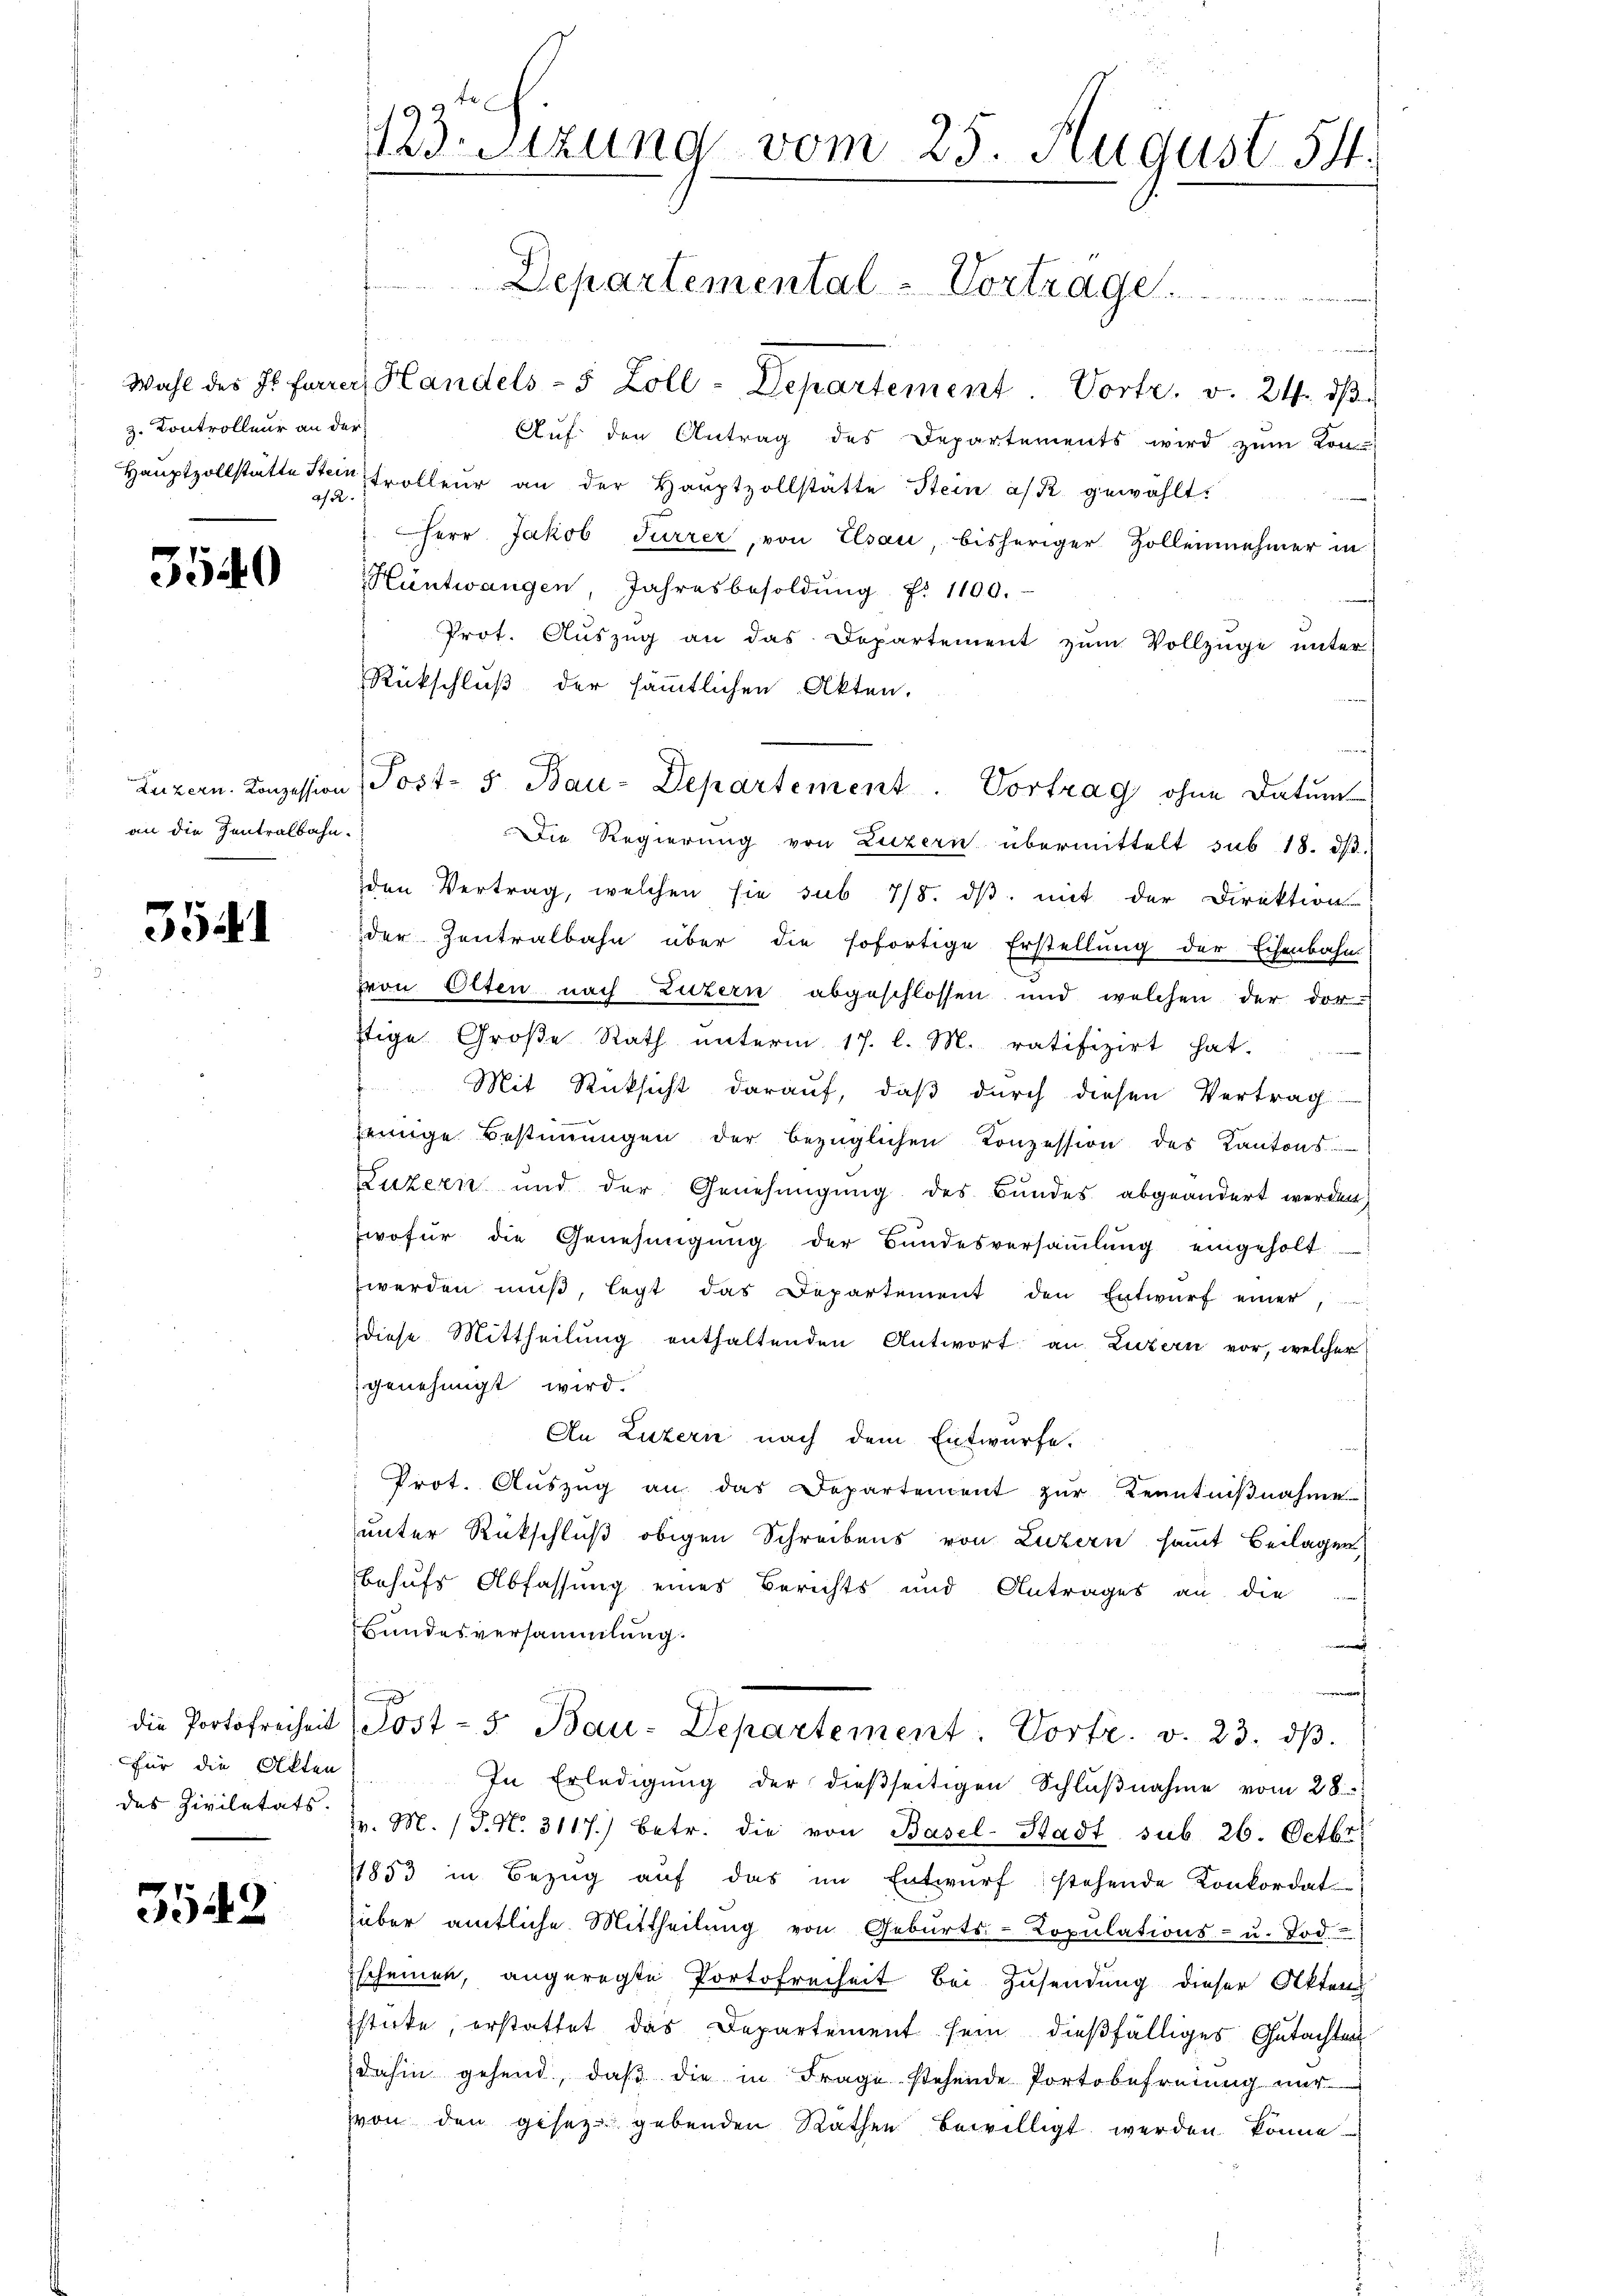
z. Kontrolleur an der
ase.

3540

an die Zentralbahn.

5541

3542

e
Auf den Antrag des Departements wird zŭm Kon-
Haŭptzollstätte Steintrolleur an der Haŭptzollstätte Stein a/R. gewählt.
.
Herr Jakob Furrer, von Elsau, bisheriger Zollennehmer in
Hüntwangen, Jahresbesoldŭng N. 1100.
Prot. Auszug an das Departement zŭm Vollzüge unter
Rückschluß der sämmtlichen Akten.
Die Regierung von Luzern übermittelt sub 18. dβ.
den Vertrag, welchen sie sub 7/8. dβ mit der Direktion
der Zentralbahn über die sofortige Erstellung der Eisenbahn
von Olten nach Luzern abgeschlossen und welchen der dor-
ftige Große Rath ŭnterm 17. l. M. ratifizirt hat.
Mit Rücksicht darauf, daß durch diesen Vertrag
jenige Bestimmungen der bezüglichen Konzession des Kantons-
Luzern und der Genehmigung des Bundes abgeändert werden,
wofür die Genehmigŭng der Bŭndesversaṁlŭng eingeholt
werden muß, legt das Departement den Entwurf einer,
diese Mittheilung enthaltenden Antwort an Luzern vor, welcher
genehmigt wird.
An Luzern nach dem Entwürfe.
Prot. Aŭszŭg an das Departement zŭr Kenntnißnahme
unter Rückschluß obigen Schreibens von Luzern samt Beilagen
behufs Abfassung eines Berichts und Antrages an die
Bundesversammlung.
¬
die Portofreiheit Post- 5. Bau-Departement: Vortr. v. 23. dβ.
für die Alten) In Erledigŭng der dieβseitigen Schlŭβnahme vom 28.
des Zivilatats d. M. (T. N. 3117.) betr. die von Basel-Stadt sub 26. Octbr.
11853 in Bezug auf das im Entwurf stehende Konkordat
über amtliche Mittheilŭng von Gebŭrts-Copŭlations- u. Tod.
Escheinen, angeregte Portofreiheit bei Zusendung dieser Akten
sticke, erstattet das Departement sein dießfälliges Gutachten
dahin gehend, daβ die in Frage stehende Portobefreiung nŭr
von den gesezt gebenden Räthen bewilligt werden könne.

.Stzung vom 25. August 54.
Departemental - Vortrage

Wahl des Il farrer, Handels- 5 Zoll-Departement Vortr. v. 24. dβ

Luzern. Konzession, Post- 5. Bau-Departement. Vortrag ohne Datum